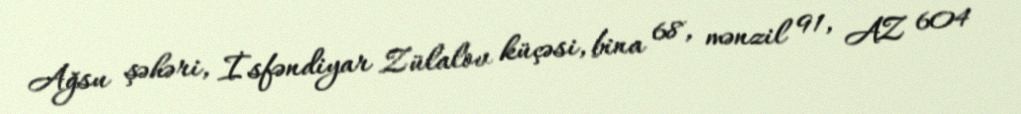
Ağsu şəhəri, İsfəndiyar Zülalov küçəsi, bina 68, mənzil 91, AZ 604